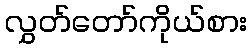
လွှတ်တော်ကိုယ်စား